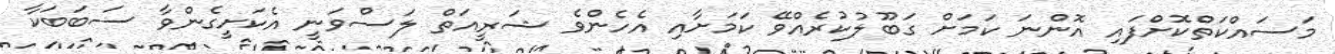
މަސައްކަތްކޮށްފައި އޮންނަ ކަމަށް ގަބޫލުކުރެއްވޭ ކަމަށާއި އެހެންވެ ޝަރީއަތް ލަސްވަނީ އެކަށީގެންވާ ސަބަބަކާ